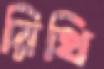
রিথি